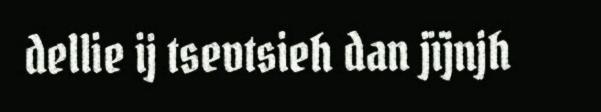
dellie ij tsevtsieh dan jïjnjh